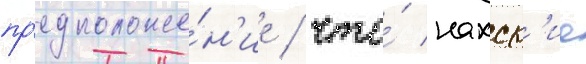
пр'едположе́н'ие / что́ нахск'ие